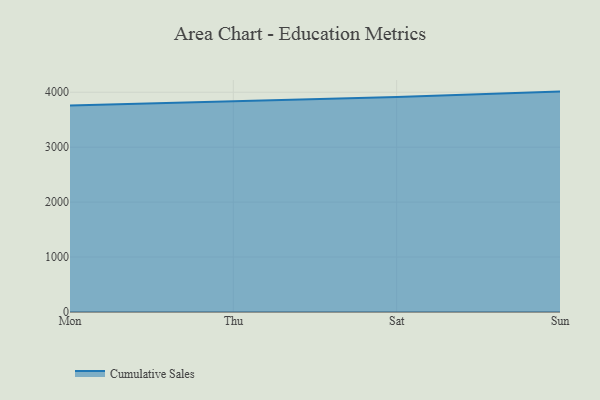
{"axis": {"x": "Day", "y": "Inventory Turnover"}, "legend": ["Cumulative Sales"], "data": [{"x": "Mon", "y": 3759.7, "type": "Cumulative Sales"}, {"x": "Thu", "y": 3829.3, "type": "Cumulative Sales"}, {"x": "Sat", "y": 3911.7, "type": "Cumulative Sales"}, {"x": "Sun", "y": 4011.7, "type": "Cumulative Sales"}]}